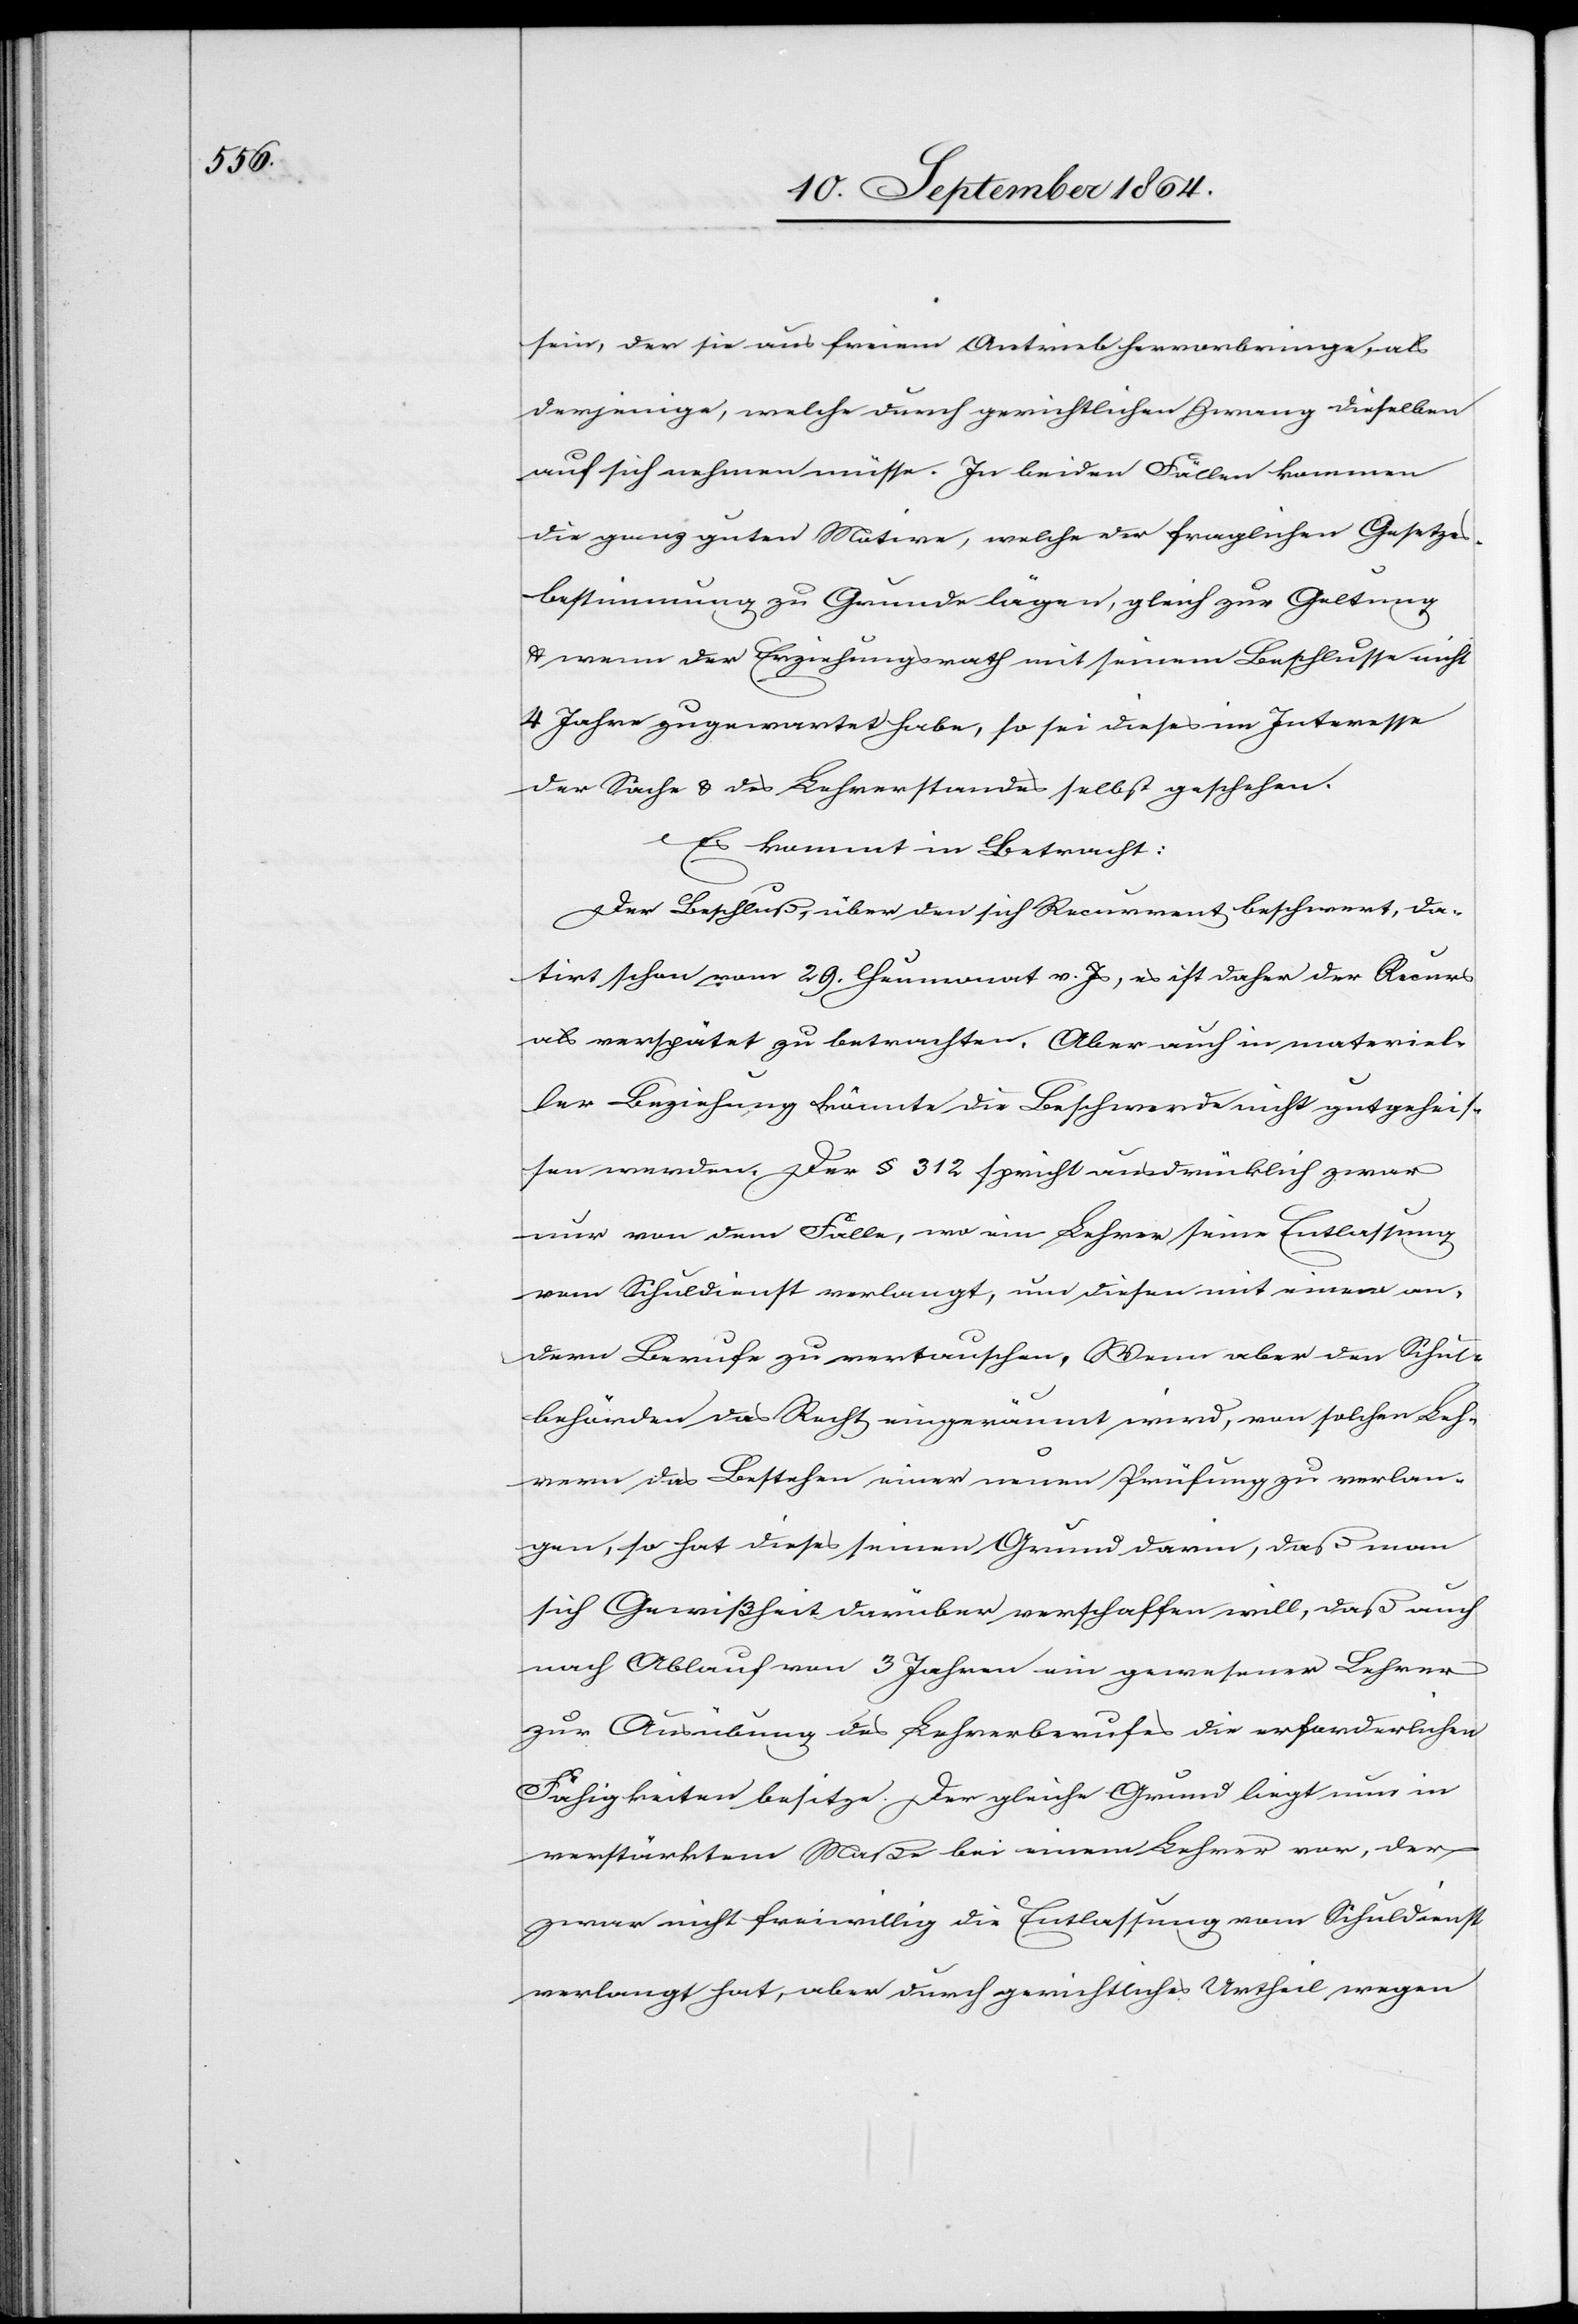
sein, der sie aus freiem Antrieb hervorbringe, als
derjenige, welche[r] durch gerichtlichen Zwang dieselben
auf sich nehmen müsse. In beiden Fällen kommen
die ganz guten Motive, welche der fraglichen Gesetzes¬
bestimmung zu Grunde lägen, gleich zur Geltung
& wenn der Erziehungsrath mit seinem Beschlusse nicht
4 Jahre zugewartet habe, so sei dieses im Interesse
der Sache & des Lehrerstandes selbst geschehen.
Es kommt in Betracht:
Der Beschluß, über den sich Recurrent beschwert, da¬
tirt schon vom 29. Heumonat v. Js, es ist daher der Recurs
als verspätet zu betrachten. Aber auch in materiel¬
ler Beziehung könnte die Beschwerde nicht gutgeheis¬
sen werden. Der § 312 spricht ausdrücklich zwar
nur von dem Falle, wo ein Lehrer seine Entlassung
vom Schuldienst verlangt, um diesen mit einem an¬
dern Berufe zu vertauschen. Wenn aber den Schul¬
behörden das Recht eingeräumt wird, von solchen Leh¬
rern das Bestehen einer neuen Prüfung zu verlan¬
gen, so hat dieses seinen Grund darin, daß man
sich Gewißheit darüber verschaffen will, daß auch
nach Ablauf von 3 Jahren ein gewesener Lehrer
zur Ausübung des Lehrerberufes die erforderlichen
Fähigkeiten besitze. Der gleiche Grund liegt nun in
verstärktem Maße bei einem Lehrer vor, der
zwar nicht freiwillig die Entlassung vom Schuldienst
verlangt hat, aber durch gerichtliches Urtheil wegen